Scottish Leaving Certificate Examination, 1961
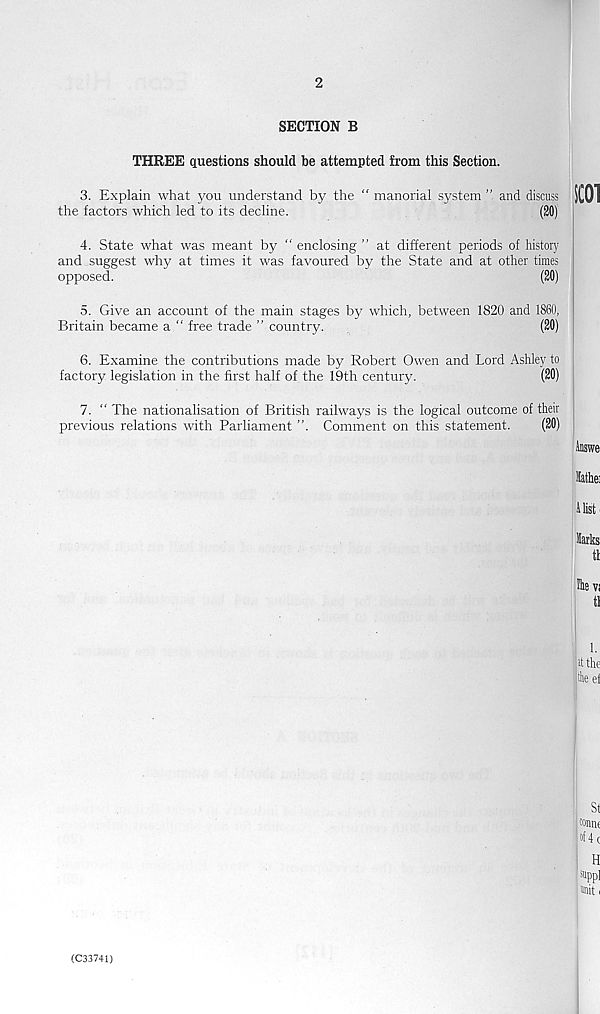
2
SECTION B
THREE questions should be attempted from this Section.
3. Explain what you understand by the “ manorial system ” and discuss
the factors which led to its decline.
(20)
SC01
4. State what was meant by “ enclosing ” at different periods of history
and suggest why at times it was favoured by the State and at other times
opposed.
(20)
5. Give an account of the main stages by which, between 1820 and 1860,
Britain became a “ free trade ” country.
(20)
6. Examine the contributions made by Robert Owen and Lord Ashley to
factory legislation in the first half of the 19th century.
(20)
7. “ The nationalisation of British railways is the logical outcome of their
previous relations with Parliament ”. Comment on this statement.
(20)
Hathei
Hist
Harks
tt
1.
it the
the el
St
tonne
of 4 c
H
Mpp]
| Mlit i
(C33741)